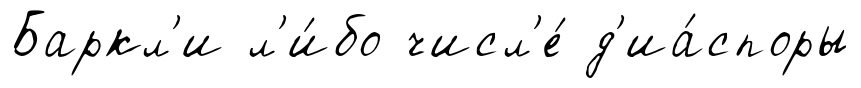
Баркл'и л'и́бо числ'е́ д'иа́споры